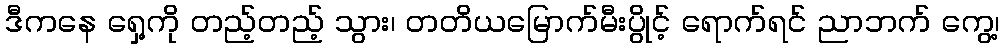
ဒီကနေ ရှေ့ကို တည့်တည့် သွား၊ တတိယမြောက်မီးပွိုင့် ရောက်ရင် ညာဘက် ကွေ့၊